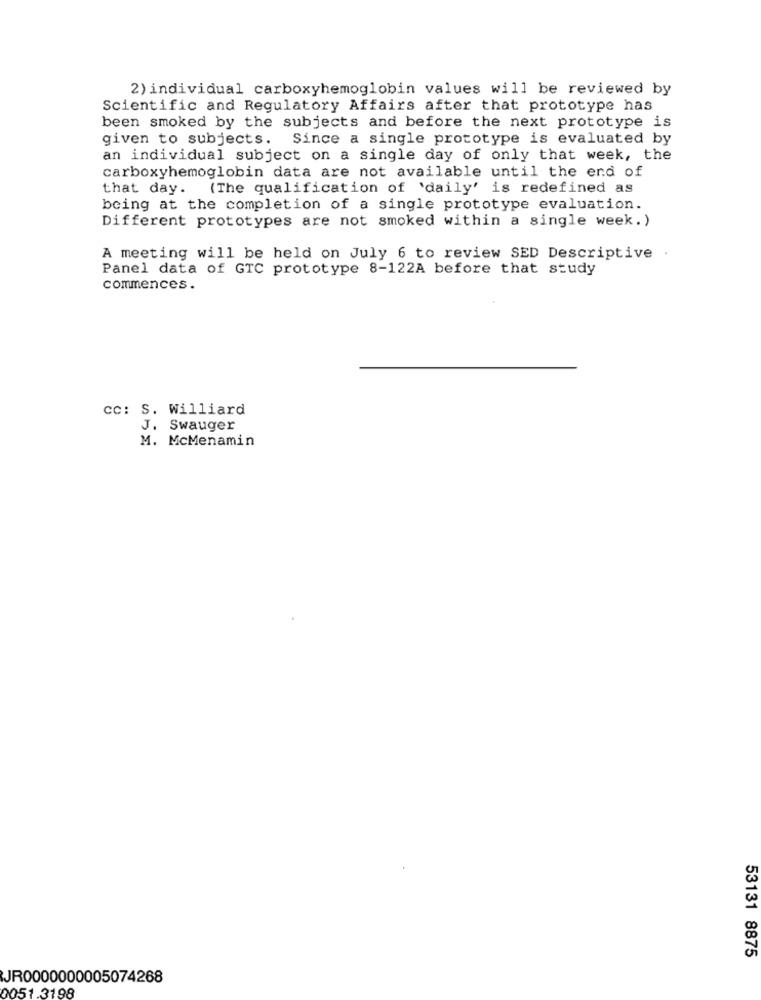
2) individual carboxyhemoglobin values will be reviewed by
Scientific and Regulatory Affairs after that prototype has
been smoked by the subjects and before the next prototype is
given to subjects. Since a single prototype is evaluated by
an individual subject on a single day of only that week, the
carboxyhemoglobin data are not available until the end of
that day. (The qualification of 'daily' is redefined as
being at the completion of a single prototype evaluation.
Different prototypes are not smoked within a single week.)
A meeting will be held on July 6 to review SED Descriptive
Panel data of GTC prototype 8-122A before that study
commences.
cc: S. Williard
J. Swauger
M. McMenamin
53131 8875
JR0000000005074268
051.3198